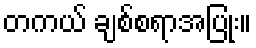
တကယ် ချစ်စရာအပြုံး။